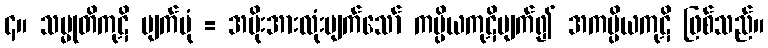
၄။ သမ္မုတိကုဋိ ပျက်ပုံ = အမိုးအားလုံးပျက်သော် ကပ္ပိယကုဋိပျက်၍ အကပ္ပိယကုဋိ ဖြစ်သည်။